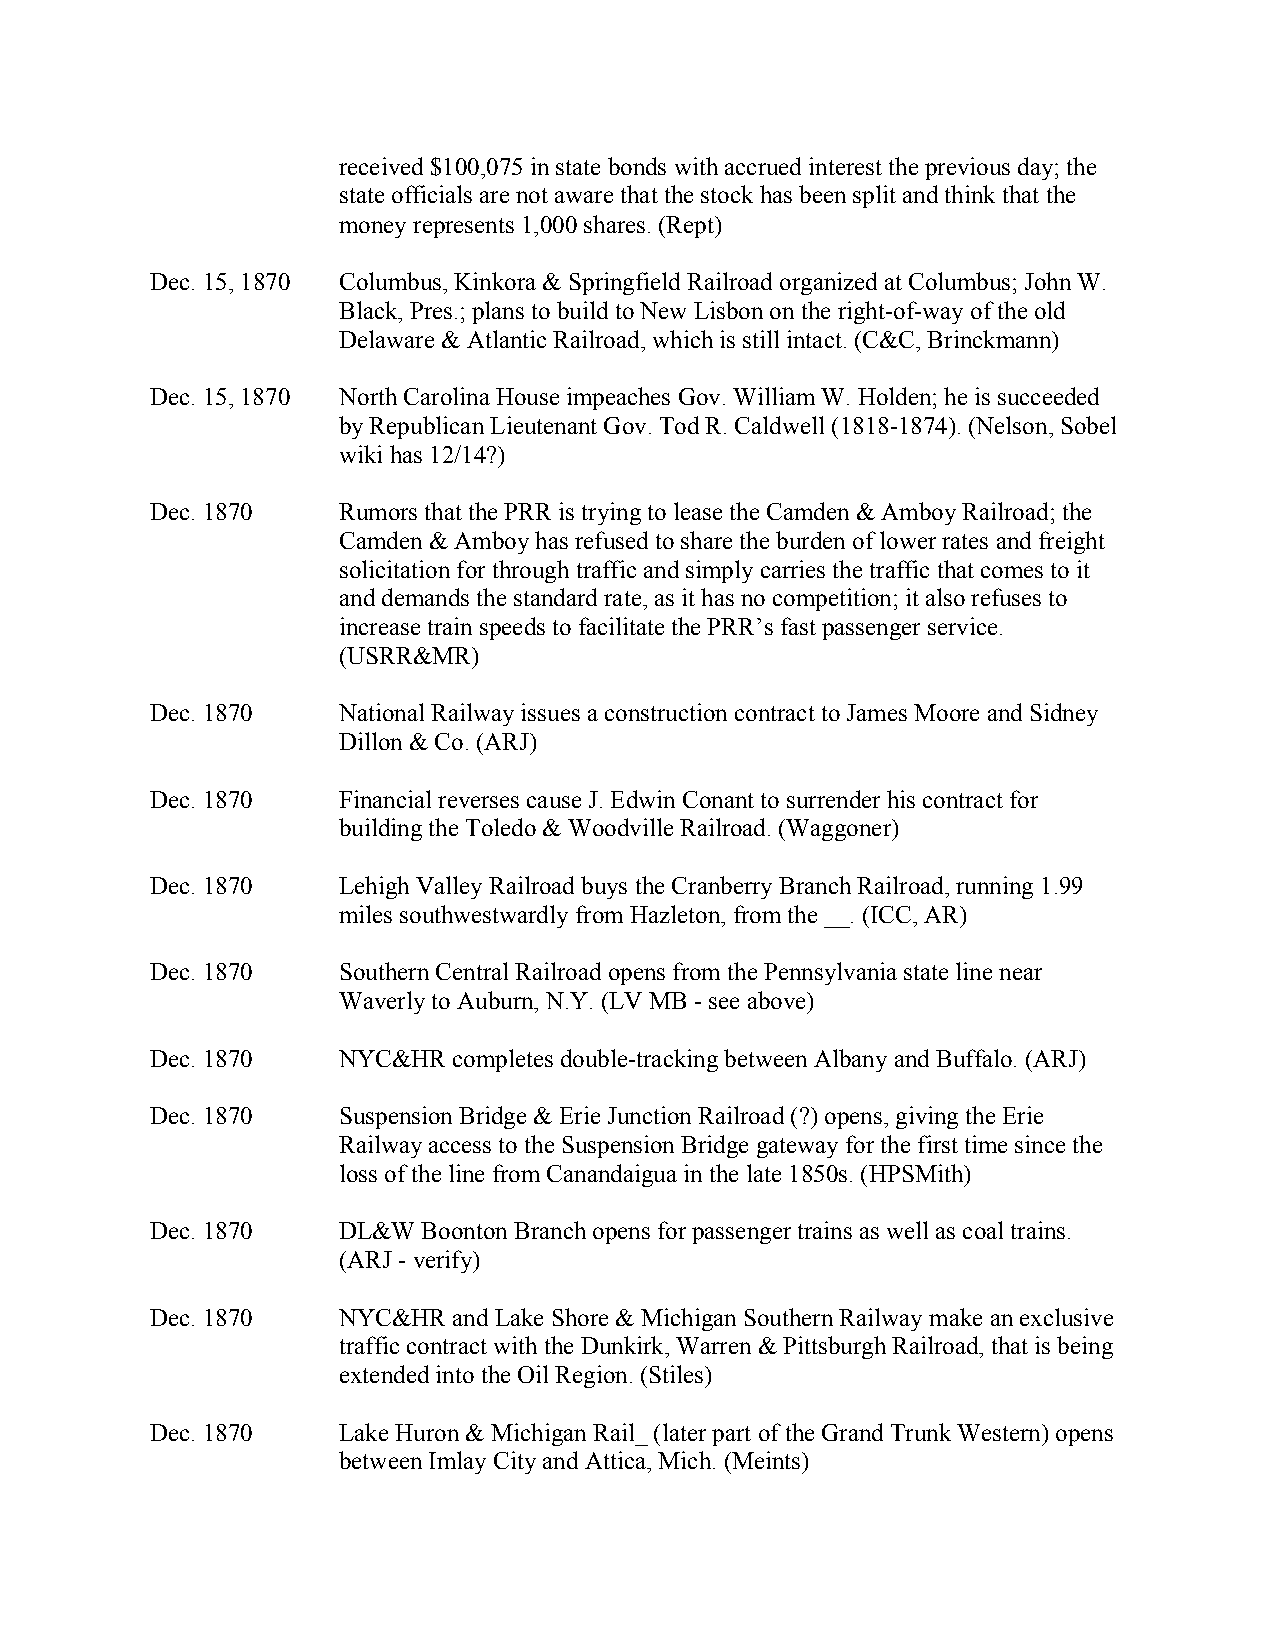
received $100,075 in state bonds with accrued interest the previous day; the
 state officials are not aware that the stock has been split and think that the
 money represents 1,000 shares. (Rept)
 Dec. 15, 1870 Columbus, Kinkora & Springfield Railroad organized at Columbus; John W.
 Black, Pres.; plans to build to New Lisbon on the right-of-way of the old
 Delaware & Atlantic Railroad, which is still intact. (C&C, Brinckmann)
 Dec. 15, 1870 North Carolina House impeaches Gov. William W. Holden; he is succeeded
 by Republican Lieutenant Gov. Tod R. Caldwell (1818-1874). (Nelson, Sobel
 wiki has 12/14?)
 Dec. 1870   Rumors that the PRR is trying to lease the Camden & Amboy Railroad; the
 Camden & Amboy has refused to share the burden of lower rates and freight
 solicitation for through traffic and simply carries the traffic that comes to it
 and demands the standard rate, as it has no competition; it also refuses to
 increase train speeds to facilitate the PRR’s fast passenger service.
 (USRR&MR)
 Dec. 1870   National Railway issues a construction contract to James Moore and Sidney
 Dillon & Co. (ARJ)
 Dec. 1870   Financial reverses cause J. Edwin Conant to surrender his contract for
 building the Toledo & Woodville Railroad. (Waggoner)
 Dec. 1870   Lehigh Valley Railroad buys the Cranberry Branch Railroad, running 1.99
 miles southwestwardly from Hazleton, from the __. (ICC, AR)
 Dec. 1870   Southern Central Railroad opens from the Pennsylvania state line near
 Waverly to Auburn, N.Y. (LV MB - see above)
 Dec. 1870   NYC&HR  completes double-tracking between Albany and Buffalo. (ARJ)
 Dec. 1870   Suspension Bridge & Erie Junction Railroad (?) opens, giving the Erie
 Railway access to the Suspension Bridge gateway for the first time since the
 loss of the line from Canandaigua in the late 1850s. (HPSMith)
 Dec. 1870   DL&W  Boonton Branch opens for passenger trains as well as coal trains.
 (ARJ - verify)
 Dec. 1870   NYC&HR  and Lake Shore & Michigan Southern Railway make an exclusive
 traffic contract with the Dunkirk, Warren & Pittsburgh Railroad, that is being
 extended into the Oil Region. (Stiles)
 Dec. 1870   Lake Huron & Michigan Rail_ (later part of the Grand Trunk Western) opens
 between Imlay City and Attica, Mich. (Meints)